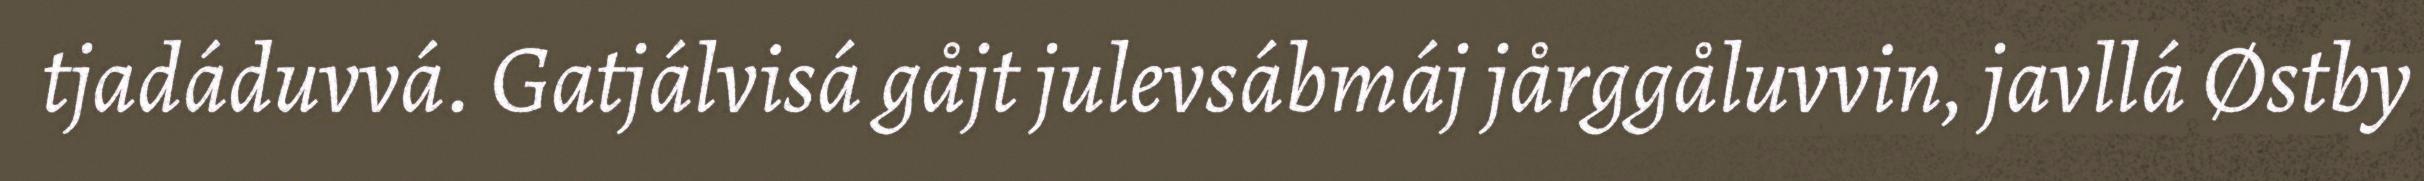
tjadáduvvá. Gatjálvisá gåjt julevsábmáj jårggåluvvin, javllá Østby